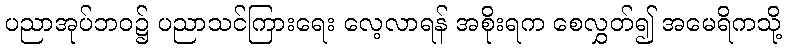
ပညာအုပ်ဘဝ၌ ပညာသင်ကြားရေး လေ့လာရန် အစိုးရက စေလွှတ်၍ အမေရိကသို့